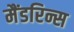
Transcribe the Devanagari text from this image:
मैंडरिन्स